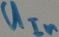
Text: UIn